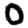
Digit: 0